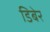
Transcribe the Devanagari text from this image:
डिबेर